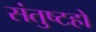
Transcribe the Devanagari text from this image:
संतुष्टहो